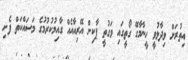
އިތުރަށް ވިދާޅުވީ ހީނާމާގޭ ގޯތީގައި ވަގުތީ ޕާކިން އޭރިއާއެއް ގާއިމުކުރުމުގެ މަސައްކަތް ފެށި